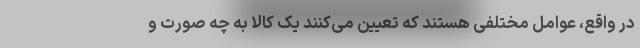
در واقع، عوامل مختلفی هستند که تعیین می‌کنند یک کالا به چه صورت و